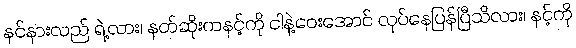
နင်နားလည် ရဲ့လား၊ နတ်ဆိုးကနင့်ကို ငါနဲ့ဝေးအောင် လုပ်နေပြန်ပြီသိလား၊ နင့်ကို